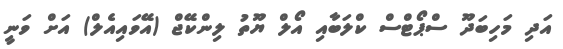
އަދި މަހިބަދޫ ސްޕޯޓްސް ކްލަބާއި އޯލް ޔޫތު ލިންކޭޖް (އޭވައިއެލް) އަށް ވަނީ